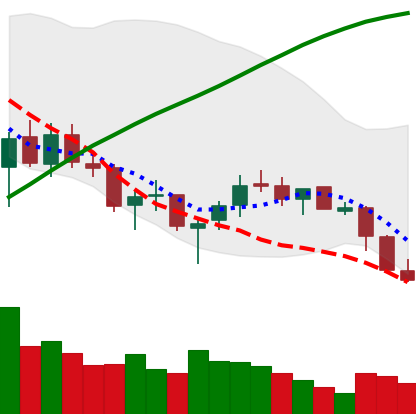
Ticker: LTC-USD
Chart end date: 2018-03-28
Forward return: -9.443%
Label: down_7plus